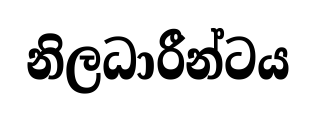
නිලධාරීන්ටය